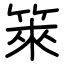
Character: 箂